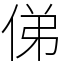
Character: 俤